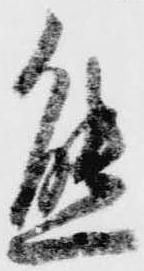
態